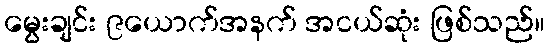
မွေးချင်း ၉ယောက်အနက် အငယ်ဆုံး ဖြစ်သည်။